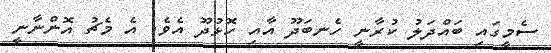
ސެމީގައި ބައްދަލު ކުރާނީ ހެނބަދޫ އާއި ހޮޅުދޫ އެވެ. އެ މެޗު އޮންނާނީ